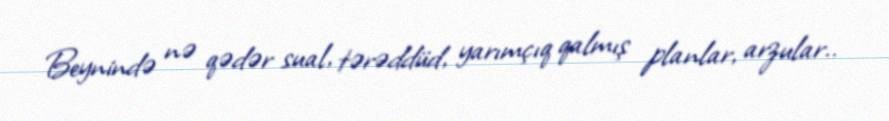
Beynində nə qədər sual, tərəddüd, yarımçıq qalmış planlar, arzular..